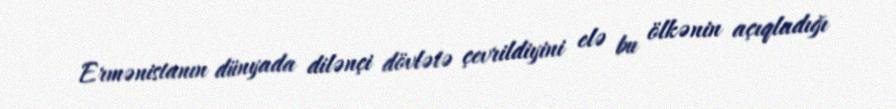
Ermənistanın dünyada dilənçi dövlətə çevrildiyini elə bu ölkənin açıqladığı